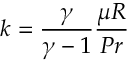
{ k } = \frac { \gamma } { \gamma - 1 } \frac { { { \mu } } { R } } { P r }